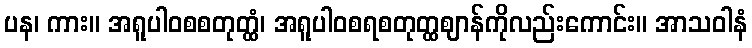
ပန၊ ကား။ အရူပါဝစစတုတ္ထံ၊ အရူပါဝစရစတုတ္ထဈာန်ကိုလည်းကောင်း။ အာသဝါနံ